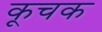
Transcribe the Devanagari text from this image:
कूचक